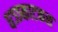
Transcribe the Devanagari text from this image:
धञ्ञ्काटकस